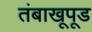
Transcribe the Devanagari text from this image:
तंबाखूपूड